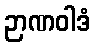
ဉာဏဝါဒံ